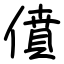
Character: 僨